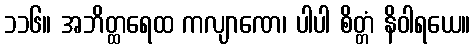
၁၁၆။ အဘိတ္ထရေထ ကလျာဏေ၊ ပါပါ စိတ္တံ နိဝါရယေ။